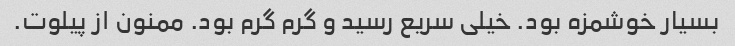
بسیار خوشمزه بود. خیلی سریع رسید و گرم گرم بود. ممنون از پیلوت.